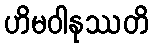
ဟိမဝါနုဿတိ